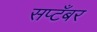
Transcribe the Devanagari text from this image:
सप्टँबर